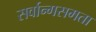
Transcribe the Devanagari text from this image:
सर्वान्गसमता